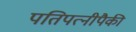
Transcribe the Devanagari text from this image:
पतिपत्‍नीपैकी